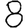
Digit: 8